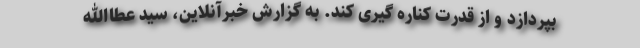
بپردازد و از قدرت کناره گیری کند. به گزارش خبرآنلاین، سید عطاالله